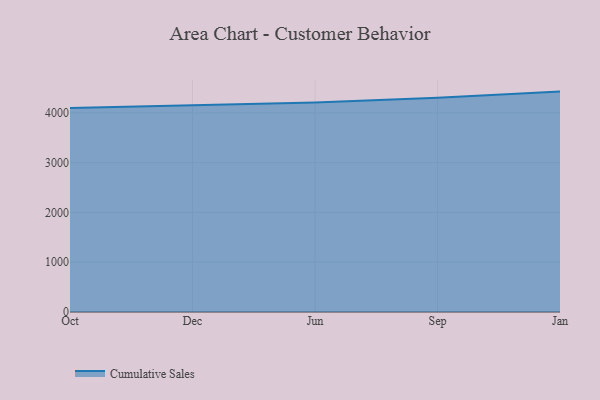
{"axis": {"x": "Month", "y": "Conversion Rate (%)"}, "legend": ["Cumulative Sales"], "data": [{"x": "Oct", "y": 4099.2, "type": "Cumulative Sales"}, {"x": "Dec", "y": 4155.6, "type": "Cumulative Sales"}, {"x": "Jun", "y": 4210.8, "type": "Cumulative Sales"}, {"x": "Sep", "y": 4303.6, "type": "Cumulative Sales"}, {"x": "Jan", "y": 4427.3, "type": "Cumulative Sales"}]}